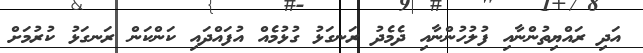
އަދި ރައްޔިތުންނާއި ފުލުހުންނާއި ދެމެދު ރަނގަޅު ގުޅުމެއް އުފައްދައި ކަންކަން ރަނގަޅު ކުރުމަށް